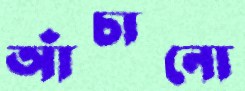
আঁচানো